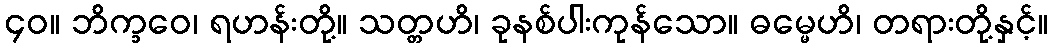
၄၀။ ဘိက္ခဝေ၊ ရဟန်းတို့။ သတ္တဟိ၊ ခုနစ်ပါးကုန်သော။ ဓမ္မေဟိ၊ တရားတို့နှင့်။